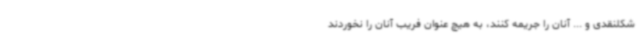
شکلنقدی و ... آنان را جریمه کنند، به هیچ عنوان فریب آنان را نخوردند